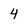
Character: 4